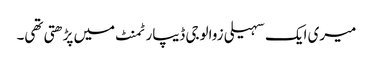
میری ایک سہیلی زوالوجی ڈیپارٹمنٹ میں پڑھتی تھی۔